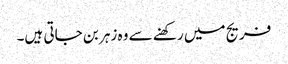
فریج میں رکھنے سے وہ زہر بن جاتی ہیں۔